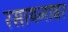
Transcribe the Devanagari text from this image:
रसायनावर